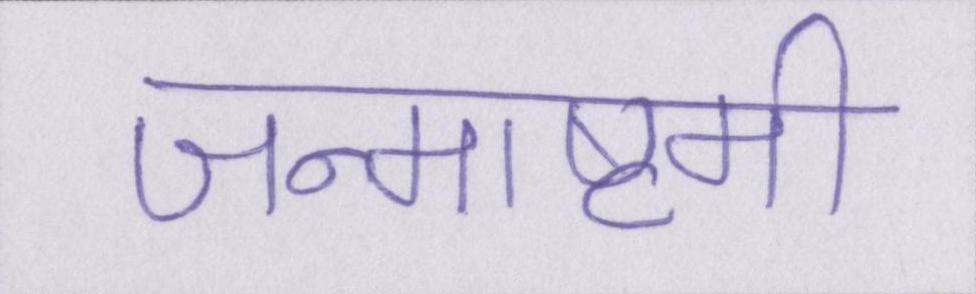
जन्माष्टमी